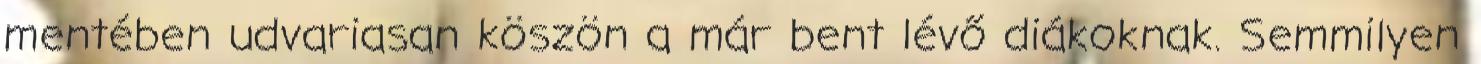
mentében udvariasan köszön a már bent lévő diákoknak. Semmilyen